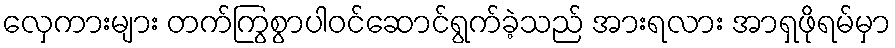
လှေကားများ တက်ကြွစွာပါဝင်ဆောင်ရွက်ခဲ့သည် အားရလား အာရှဖိုရမ်မှာ